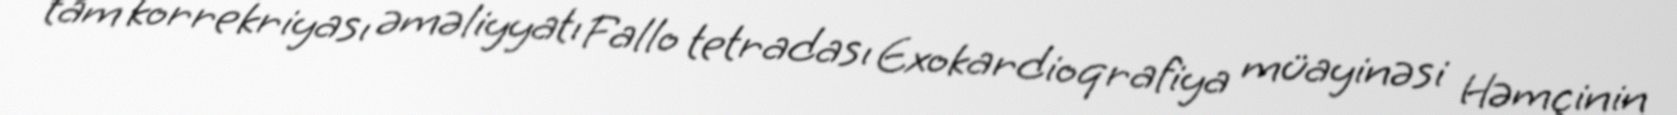
tam korrekriyası əməliyyatı Fallo tetradası Exokardioqrafiya müayinəsi Həmçinin